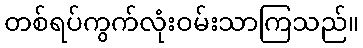
တစ်ရပ်ကွက်လုံးဝမ်းသာကြသည်။